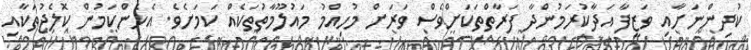
ކުދިންނަށާއި ވަޒީފާ އަދާކުރަމުންދާ ފަރާތްތަކަށްވެސް ވަރަށް މުހިއްމު މައުލޫމާތުތަކެއް ކަމަށެވެ. އެހެންކަމުން ކޮލެޖުތަކާއި